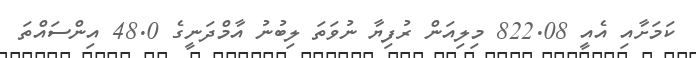
ކަމަށާއި އެއީ 822.08 މިލިއަން ރުފިޔާ ނުވަތަ ލިބުނު އާމްދަނީގެ 48.0 އިންސައްތަ